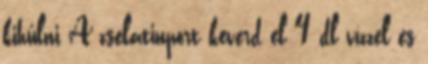
kihűlni A zselatinport keverd el 4 dl vízzel és